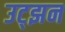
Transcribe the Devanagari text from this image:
उट्झन